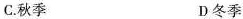
C.秋季 D冬季